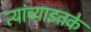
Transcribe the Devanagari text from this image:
त्यांच्याइतके